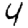
Digit: 4